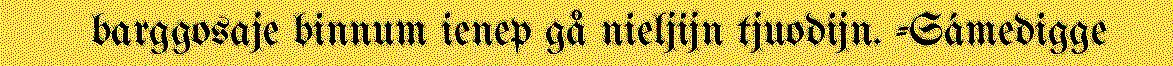
barggosaje binnum ienep gå nieljijn tjuodijn. -Sámedigge